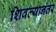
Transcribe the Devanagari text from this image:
शिवल्यानंतर